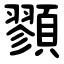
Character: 顟